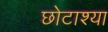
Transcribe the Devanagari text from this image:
छोटाश्या